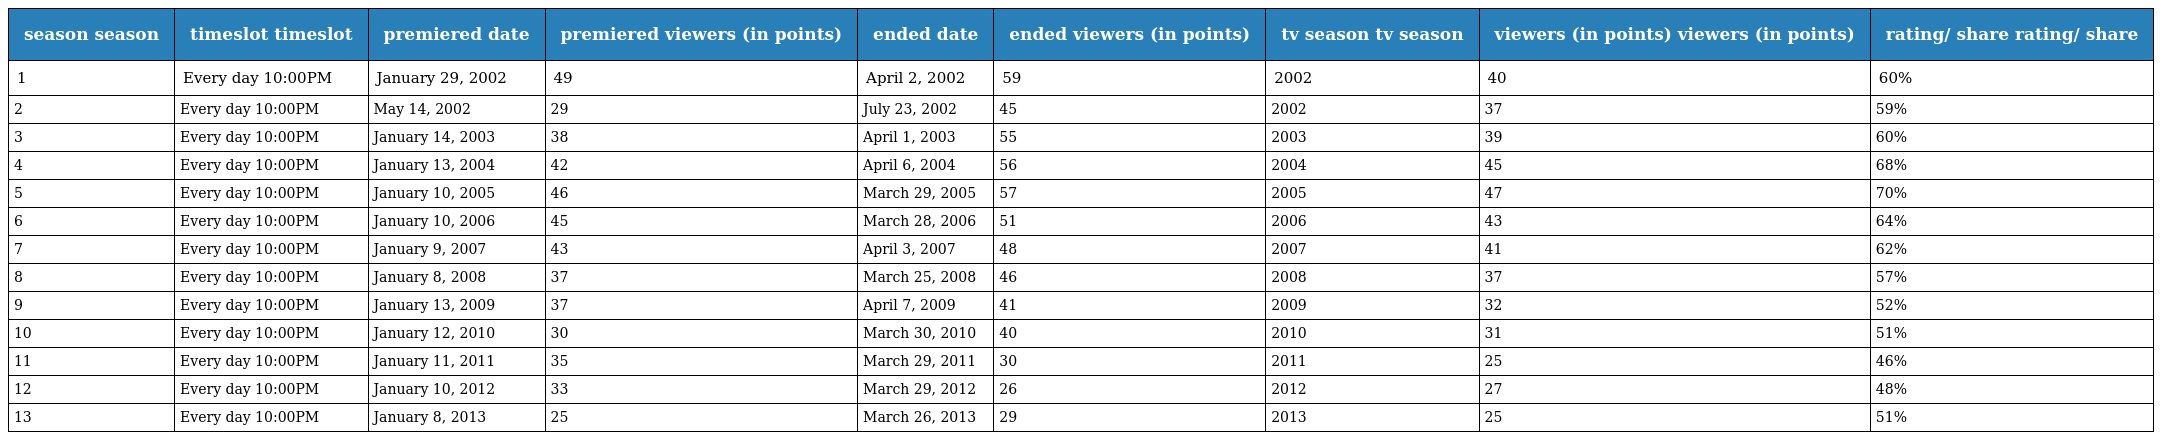
| season season | timeslot timeslot | premiered date | premiered viewers (in points) | ended date | ended viewers (in points) | tv season tv season | viewers (in points) viewers (in points) | rating/ share rating/ share |
 | --- | --- | --- | --- | --- | --- | --- | --- | --- |
 | 1 | Every day 10:00PM | January 29, 2002 | 49 | April 2, 2002 | 59 | 2002 | 40 | 60% |
 | 2 | Every day 10:00PM | May 14, 2002 | 29 | July 23, 2002 | 45 | 2002 | 37 | 59% |
 | 3 | Every day 10:00PM | January 14, 2003 | 38 | April 1, 2003 | 55 | 2003 | 39 | 60% |
 | 4 | Every day 10:00PM | January 13, 2004 | 42 | April 6, 2004 | 56 | 2004 | 45 | 68% |
 | 5 | Every day 10:00PM | January 10, 2005 | 46 | March 29, 2005 | 57 | 2005 | 47 | 70% |
 | 6 | Every day 10:00PM | January 10, 2006 | 45 | March 28, 2006 | 51 | 2006 | 43 | 64% |
 | 7 | Every day 10:00PM | January 9, 2007 | 43 | April 3, 2007 | 48 | 2007 | 41 | 62% |
 | 8 | Every day 10:00PM | January 8, 2008 | 37 | March 25, 2008 | 46 | 2008 | 37 | 57% |
 | 9 | Every day 10:00PM | January 13, 2009 | 37 | April 7, 2009 | 41 | 2009 | 32 | 52% |
 | 10 | Every day 10:00PM | January 12, 2010 | 30 | March 30, 2010 | 40 | 2010 | 31 | 51% |
 | 11 | Every day 10:00PM | January 11, 2011 | 35 | March 29, 2011 | 30 | 2011 | 25 | 46% |
 | 12 | Every day 10:00PM | January 10, 2012 | 33 | March 29, 2012 | 26 | 2012 | 27 | 48% |
 | 13 | Every day 10:00PM | January 8, 2013 | 25 | March 26, 2013 | 29 | 2013 | 25 | 51% |